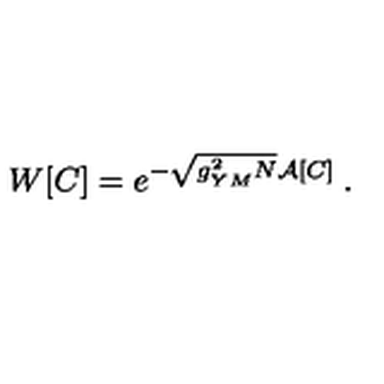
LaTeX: W [ C ] = e ^ { - \sqrt { { g _ { Y M } ^ { 2 } N } } \mathcal { A } [ C ] } \: .